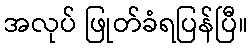
အလုပ် ဖြုတ်ခံရပြန်ပြီ။